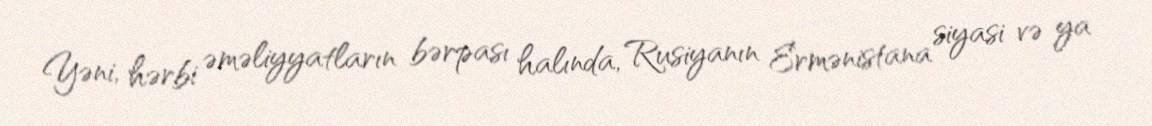
Yəni, hərbi əməliyyatların bərpası halında, Rusiyanın Ermənistana siyasi və ya